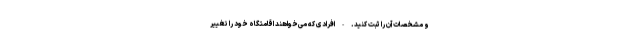
و مشخصات آن را ثبت کنید. - افرادی که می‌خواهند اقامتگاه خود را تغییر